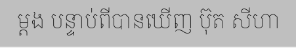
ម្តង បន្ទាប់ពីបានឃើញ ប៊ុត សីហា